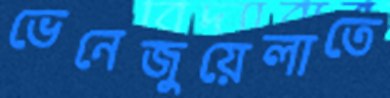
ভেনেজুয়েলাতে